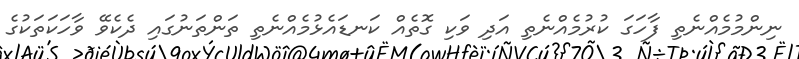
ނިންމުމެއްނެތި ފާހަގަ ކުރުމެއްނެތި އަދި ވަކި ގޮތެއް ކަނޑައެޅުމެއްނެތި ތަންތަނުގައި ދެކެވޭ ވާހަކަތަކުގެ